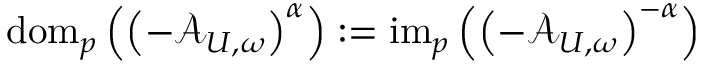
\mathrm { d o m } _ { p } \left( \left( - \mathcal { A } _ { U , \omega } \right) ^ { \alpha } \right) : = \mathrm { i m } _ { p } \left( \left( - \mathcal { A } _ { U , \omega } \right) ^ { - \alpha } \right)